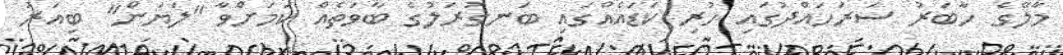
މާލޭގެ ހާބަރު ސަރަހައްދުގައި ހުރި ކަޑައެއްގައި ބަނގުރަލުގެ ބާވަތެއް ކަމަށްވާ "ލަޔަން" ބިއަރު